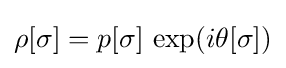
\rho [\sigma ]=p[\sigma ]\,\exp(i\theta [\sigma ])